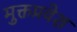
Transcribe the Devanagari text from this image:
मुक्तप्रवेश